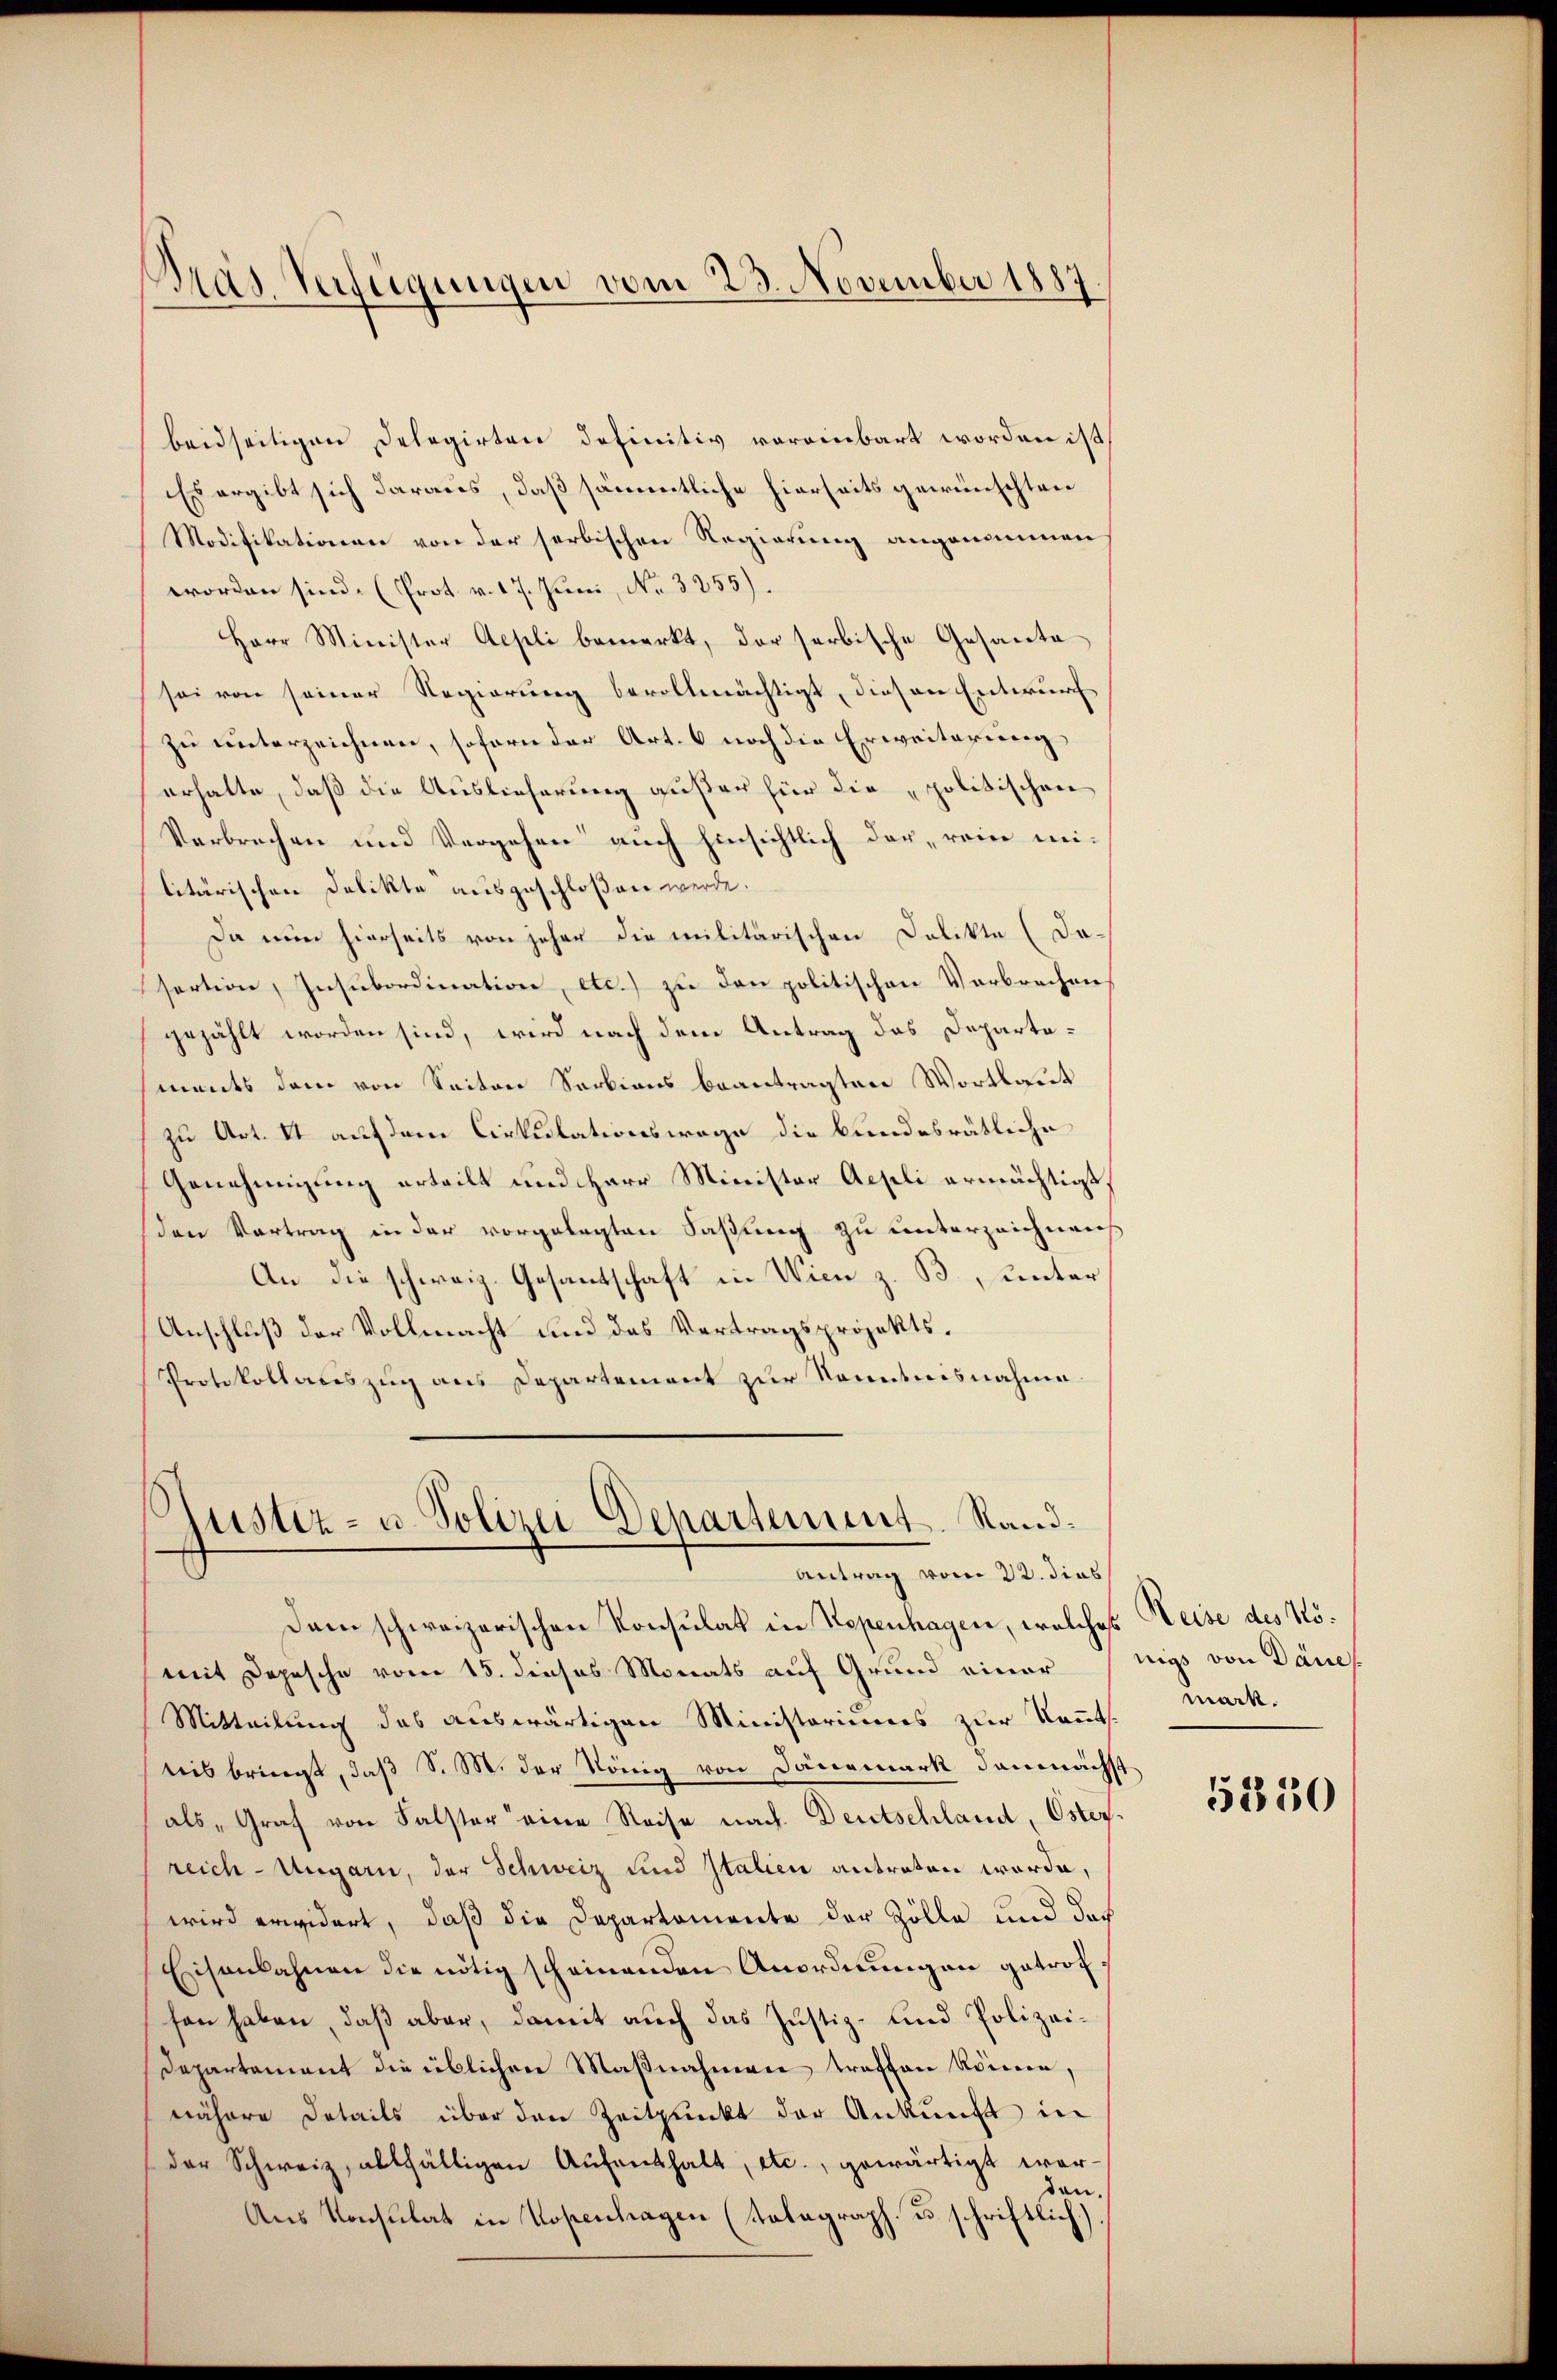
Bras Verfügungen vom 23. November 1887.

beidseitigen Delegirten definitiv voreinbart worden ist,
Es ergibt sich daraus, daß sämmtliche hierseits gewünschten
Modifikationen von der serbischen Regierung angenommen
worden sind. (Prot. v. 17. Juni, No. 3255).
Herr Minister Aepli bemerkt, der serbische Gesante
sei von seiner Regierung bevollmächtigt, diesen Entwurf
zu unterzeichnen, sofern der Art. 6 noch die Erweiterung
erhalte, daß die Auslieferung außer für die „politischen
Verbrechen und Vergehen auch hinsichtlich dar, rein mi-
litärischen Delikte ausgeschloßen werde.
Da nun hierseits von jeher die militärischen Delikte (Da-
sertion, Insubordination, etc.) zu den politischen Verbrechen
gezählt worden sind, wird nach dem Antrag des Departements dem von Seiten Sarkians beantragten Wortlaut
zu Art. II auf dem Cirkulationswage die bundesrätliche
Genehmigung erteilt und Herr Minister Aepli ermächtigt,
den Vortrag in der vorgelegten Faßung zu unterzeichnens
An die schweiz. Gesantschaft in Wien z. B., unter
Anschluß der Vollmacht und des Vertragsprojekts¬
Protokollaciszug aus Departement zur Kenntnisnahme

Gustiz- u. Polizei Departement. Rand¬
Antrag vom 22. dies

Dam schweizerischen Konsulat in Kopenhagen, welches Weise des Kömit Depesche vom 15. dieses Monats auf Grund einer (nigs von Danch
Mitteilung des auswärtigen Ministoriums zur Kenntteis bringt, daß S. 8. der König von Dänemark demnächst
als „Graf von Falster eine Reise nach Deutschland, Osterreich-Ungarn, der Schweiz und Italien antraten worde,
wird erwidert, daß die Departemente der Zölle und das
Eisenbahnen die nötig scheinenden Anordnŭngen getrofson haben, daß aber, damit auch das Justiz- und Polizei¬
Departement die üblichen Maßnahmen traffen können,
nähere Details über den Zeitpunkt der Ankunft in
der Schweiz, allfälligen Aufenthalt, etc., gewärtigt werden.
Aus Konsulat in Kopenhagen (tolagraph. u. schriftlich.)

mark.

5350